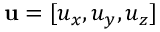
\mathbf { u } = [ u _ { x } , u _ { y } , u _ { z } ]